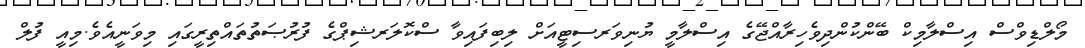
މޯލްޑިވްސް އިސްލާމިކް ބޭންކުންދިވެހިރާއްޖޭގެ އިސްލާމީ ޔުނިވަރސިޓީއަށް ލިބިފައިވާ ސްކޮލަރޝިޕްގެ ފުރުޞަތުތައްތިރީގައި މިވަނީއެވެ.މިއީ ފުލް